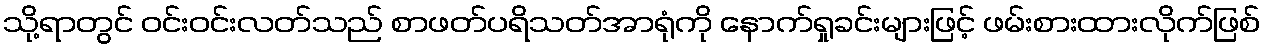
သို့ရာတွင် ဝင်းဝင်းလတ်သည် စာဖတ်ပရိသတ်အာရုံကို နောက်ရှုခင်းများဖြင့် ဖမ်းစားထားလိုက်ဖြစ်